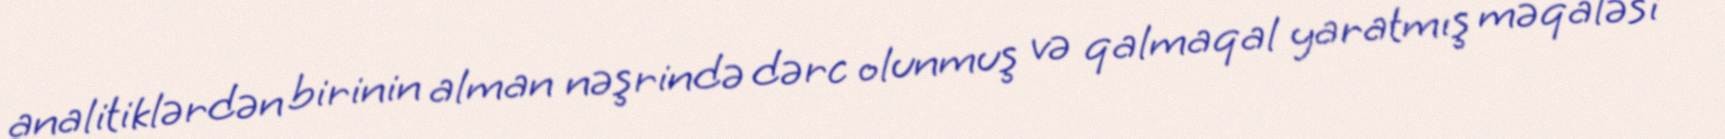
analitiklərdən birinin alman nəşrində dərc olunmuş və qalmaqal yaratmış məqaləsi